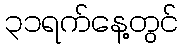
၃၁ရက်နေ့တွင်